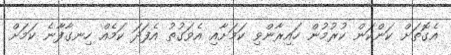
އެގޮތަށް ކަންކަން ކުރުމުން ހައިރާންވި ކަމަށާއި އެވަގުތު އެފަދަ ކަމެއް ހިނގާފާނެ ކަމަށް